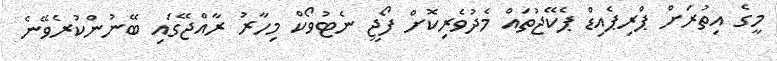
މީގެ އިތުރަށް ޕްރިޕެއިޑް ޕެކޭޖުތައް މެދުވެރިކޮށް ފޯޖީ ނެޓުވޯކް މިހާރު ރާއްޖޭގައި ބޭނުންކުރެވޭނެ